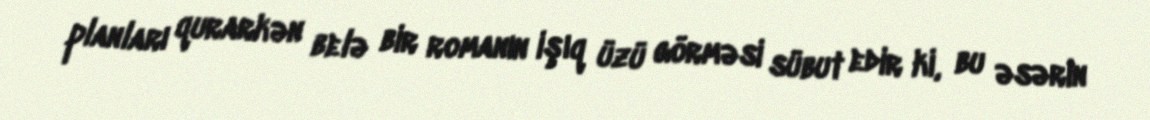
planları qurarkən belə bir romanın işıq üzü görməsi sübut edir ki, bu əsərin